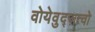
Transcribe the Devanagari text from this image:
वोयेवुद्ज़त्वो